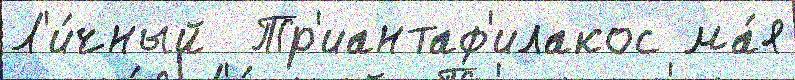
Л'и́чный  Тр'иантаф'илакос ма́я